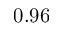
0 . 9 6